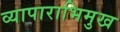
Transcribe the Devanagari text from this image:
व्यापाराभिमुख